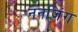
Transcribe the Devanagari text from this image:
ननजिंग